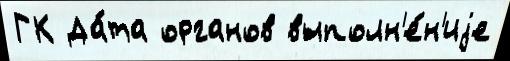
ГК Да́та органов выполн'е́н'иjе